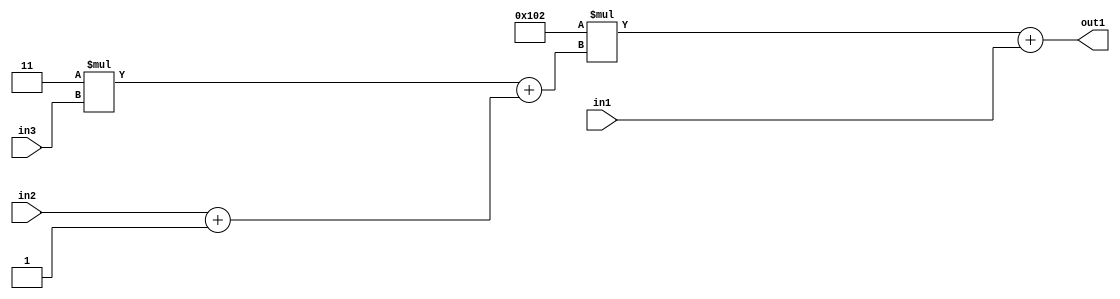
`timescale 1ps / 1ps
/*****************************************************************************
    Verilog RTL Description
    
    
    Created by: Stratus DpOpt 2019.1.01 
*******************************************************************************/

module DC_Filter_Add2u9Mul2i258Add2Add2i1u1Mul2i3u2_4 (
	in3,
	in2,
	in1,
	out1
	); /* architecture "behavioural" */ 
input [1:0] in3;
input  in2;
input [8:0] in1;
output [11:0] out1;
wire [11:0] asc001;
wire [3:0] asc002;
wire [2:0] asc004;

assign asc004 = 
	+(in2)
	+(3'B001);

wire [3:0] asc002_tmp_0;
assign asc002_tmp_0 = 
	+(4'B0011 * in3);
assign asc002 = asc002_tmp_0
	+({asc004[2], asc004});

wire [11:0] asc001_tmp_1;
assign asc001_tmp_1 = 
	+(12'B000100000010 * asc002);
assign asc001 = asc001_tmp_1
	+(in1);

assign out1 = asc001;
endmodule

/* CADENCE  vrXwTwE= : u9/ySgnWtBlWxVPRXgAZ4Og= ** DO NOT EDIT THIS LINE ******/